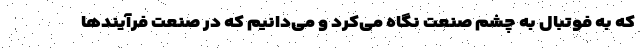
که به فوتبال به چشم صنعت نگاه می‌کرد و می‌دانیم که در صنعت فرآیندها